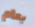
بعام